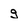
Character: g